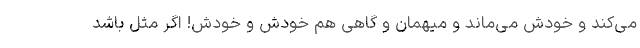
می‌کند و خودش می‌ماند و میهمان و گاهی هم خودش و خودش! اگر مثل باشد